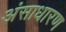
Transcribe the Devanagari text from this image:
अंसाधारण